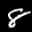
Label: 8